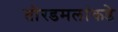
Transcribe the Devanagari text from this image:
तोरडमलांकडे